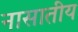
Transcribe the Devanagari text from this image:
नासातीय